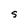
Character: S